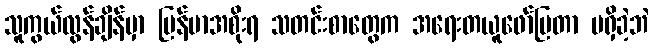
သူကွယ်လွန်ချိန်မှာ မြန်မာအစိုးရ သတင်းစာတွေက အရေးတယူဖော်ပြတာ မရှိခဲ့ဘဲ